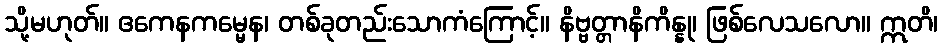
သို့မဟုတ်။ ဧကေနကမ္မေန၊ တစ်ခုတည်းသောကံကြောင့်။ နိဗ္ဗတ္တာနိကိန္နု၊ ဖြစ်လေသလော။ ဣတိ၊